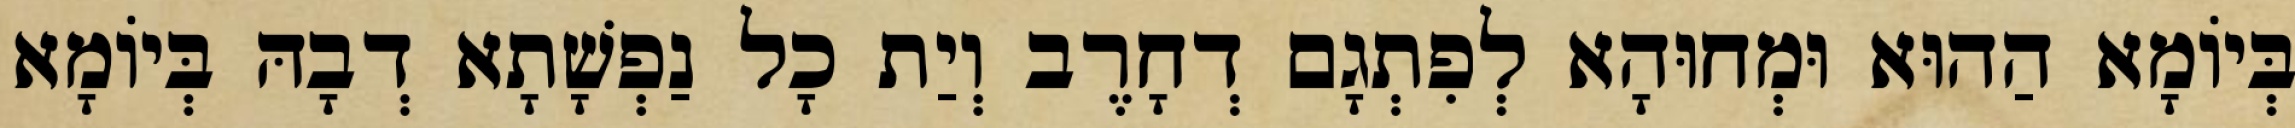
בְּיוֹמָא הַהוּא וּמְחוּהָא לְפִתְגָם דְחָרֶב וְיַת כָל נַפְשָׁתָא דְבָהּ בְּיוֹמָא